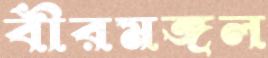
বীরমঙ্গল